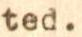
ted.